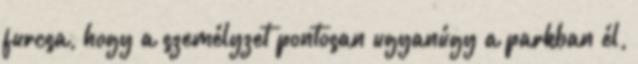
furcsa, hogy a személyzet pontosan ugyanúgy a parkban él,